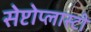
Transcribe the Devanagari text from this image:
सेप्टोप्लास्टी